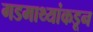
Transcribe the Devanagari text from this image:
गडमाथ्यांकडून